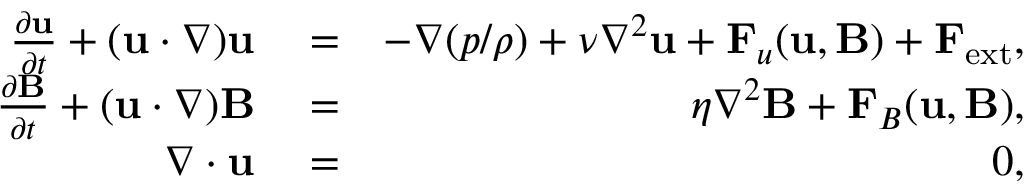
\begin{array} { r l r } { \frac { \partial { \bf u } } { \partial t } + ( { \bf u } \cdot \nabla ) { \bf u } } & { { } = } & { - \nabla ( { p } / { \rho } ) + \nu \nabla ^ { 2 } { \bf u } + { \bf F } _ { u } ( { \bf u , B } ) + { \bf F } _ { \mathrm { e x t } } , } \\ { \frac { \partial { \bf B } } { \partial t } + ( { \bf u } \cdot \nabla ) { { \bf B } } } & { { } = } & { \eta \nabla ^ { 2 } { { \bf B } } + { \bf F } _ { B } ( { \bf u , B } ) , } \\ { \nabla \cdot { \bf u } } & { { } = } & { 0 , } \end{array}